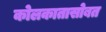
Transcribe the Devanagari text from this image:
कोलकातासोबत